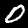
Label: 0